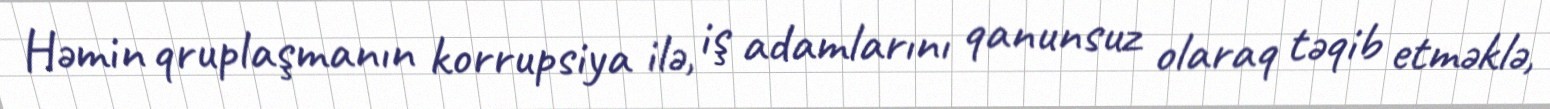
Həmin qruplaşmanın korrupsiya ilə, iş adamlarını qanunsuz olaraq təqib etməklə,